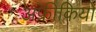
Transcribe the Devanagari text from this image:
अफ्रीकियो